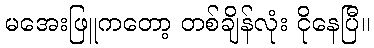
မအေးဖြူကတော့ တစ်ချိန်လုံး ငိုနေပြီ။